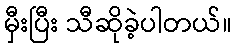
မှီးပြီး သီဆိုခဲ့ပါတယ်။